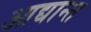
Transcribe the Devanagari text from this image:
आद्यान्त